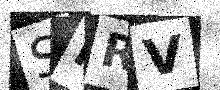
Text: SMRV